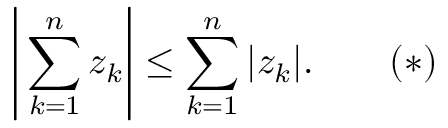
{ \Bigg | } \sum _ { k = 1 } ^ { n } z _ { k } { \Bigg | } \leq \sum _ { k = 1 } ^ { n } | z _ { k } | . \quad \quad ( * )